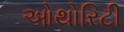
ઓથોરિટી